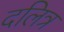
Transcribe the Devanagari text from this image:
दलित्र